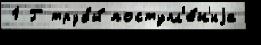
1 Г трубы́ поступл'е́н'иjа